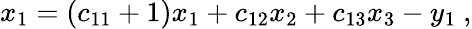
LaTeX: x_{1}=\left(c_{11}+1\right)x_{1}+c_{12}x_{2}+c_{13}x_{3}-y_{1}\ ,